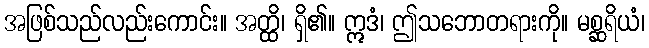
အဖြစ်သည်လည်းကောင်း။ အတ္ထိ၊ ရှိ၏။ ဣဒံ၊ ဤသဘောတရားကို။ မစ္ဆရိယံ၊